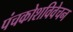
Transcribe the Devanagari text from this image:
पंचकोशविवेचन